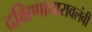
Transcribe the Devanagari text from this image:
दक्षिणाचारावलंबी